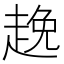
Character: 𮚻